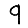
Digit: 9